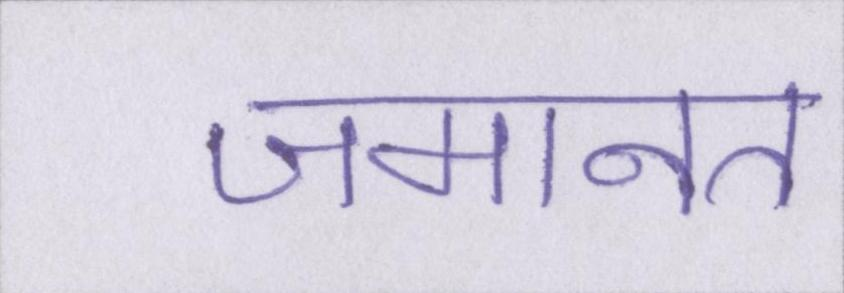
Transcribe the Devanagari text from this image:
जमानत